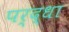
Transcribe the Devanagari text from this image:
पर्द्धा